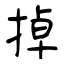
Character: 掉